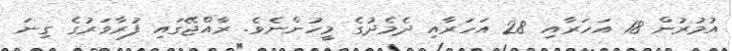
އުމުރުން 18 އަހަރާއި 28 އަހަރާއި ދެމެދުގެ މީހުންނެވެ. ރާއްޖޭގައި ފުރާވަރުގެ ގިނަ